Annual report of the Punjab Veterinary College and of the Civil Veterinary Department, Punjab - 1920-1925
Year: 1920
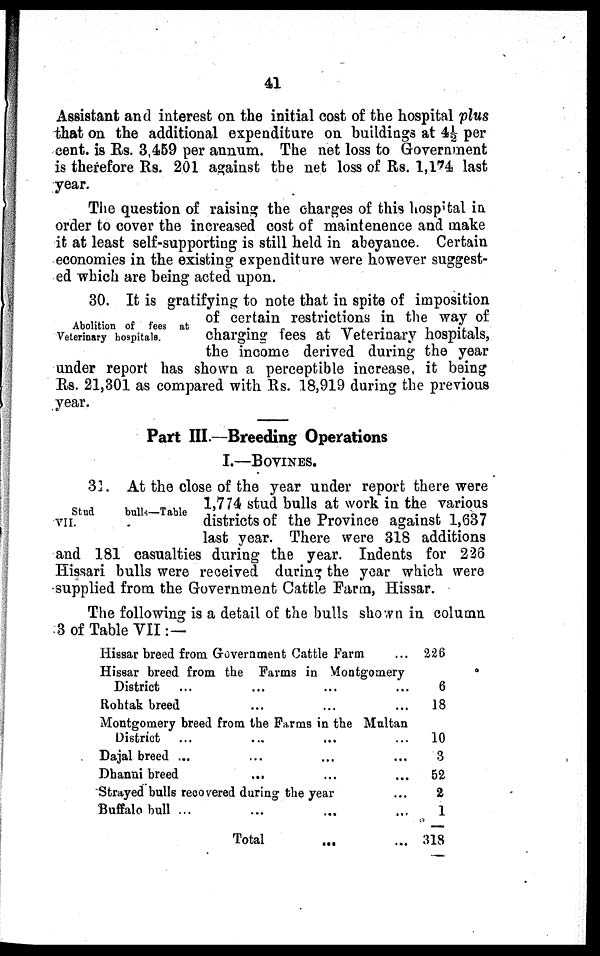
41
Assistant and interest on the initial cost of the hospital plus
that on the additional expenditure on buildings at 4½ per
cent. is Rs. 3,459 per annum. The net loss to Government
is therefore Rs. 201 against the net loss of Rs. 1,174 last
year.
The question of raising the charges of this hospital in
order to cover the increased cost of maintenence and make
it at least self-supporting is still held in abeyance. Certain
economies in the existing expenditure were however suggest-
ed which are being acted upon.
Abolition of fees at
Veterinary hospitals.
30. It is gratifying to note that in spite of imposition
of certain restrictions in the way of
charging fees at Veterinary hospitals,
the income derived during the year
under report has shown a perceptible increase, it being
Rs. 21,301 as compared with Rs. 18,919 during the previous
year.
Part III.—Breeding Operations
I.—BOVINES.
Stud
bulls—Table
VII.
31. At the close of the year under report there were
1,774 stud bulls at work in the various
districts of the Province against 1,637
last year. There were 318 additions
and 181 casualties during the year. Indents for 226
Hissari bulls were received during the year which were
supplied from the Government Cattle Farm, Hissar.
The following is a detail of the bulls shown in column
3 of Table VII:—
Hissar breed from Government Cattle Farm.
...
Hissar breed from the Farms in Montgomery
District ... ... ...
Rohtak breed ... ...
...
...
Montgomery breed from the Farms in the Multan
District ... ... ...
Dajal breed ... ... ...
Dhanni breed ... ...
Strayed bulls recovered during the year
Buffalo bull ... ... ...
Total ...
...
...
...
...
...
...
226
6
18
10
3
52
2
1
318